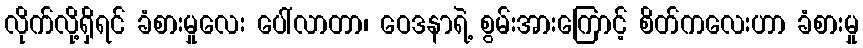
လိုက်လို့ရှိရင် ခံစားမှုလေး ပေါ်လာတာ၊ ဝေဒနာရဲ့ စွမ်းအားကြောင့် စိတ်ကလေးဟာ ခံစားမှု